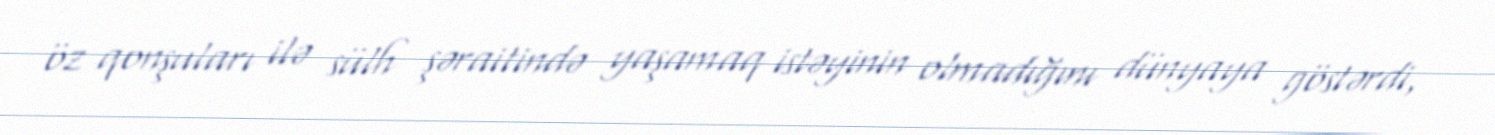
öz qonşuları ilə sülh şəraitində yaşamaq istəyinin olmadığını dünyaya göstərdi,